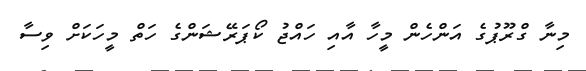
މިނާ ގްރޫޕުގެ އަންހެން މީހާ އާއި ހައްޖު ކޯޕަރޭޝަންގެ ހަތް މީހަކަށް ވިސާ